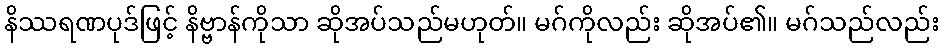
နိဿရဏပုဒ်ဖြင့် နိဗ္ဗာန်ကိုသာ ဆိုအပ်သည်မဟုတ်။ မဂ်ကိုလည်း ဆိုအပ်၏။ မဂ်သည်လည်း